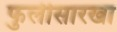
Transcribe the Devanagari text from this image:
फुलीसारखा